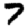
Digit: 7